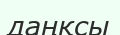
даңқсы